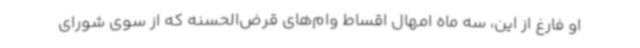
او فارغ از این، سه ماه امهال اقساط وام‌های قرض‌الحسنه که از سوی شورای